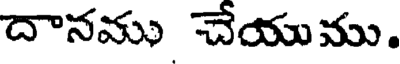
దానము చేయుము.